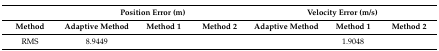
<table><thead><tr><td>[EMPTY_CELL]</td><td colspan="3"><b>Position Error (m)</b></td><td colspan="3"><b>Velocity Error (m/s)</b></td></tr><tr><td><b>Method</b></td><td><b>Adaptive Method</b></td><td><b>Method 1</b></td><td><b>Method 2</b></td><td><b>Adaptive Method</b></td><td><b>Method 1</b></td><td><b>Method 2</b></td></tr></thead><tbody><tr><td>RMS</td><td>8.9449</td><td>[EMPTY_CELL]</td><td>[EMPTY_CELL]</td><td>[EMPTY_CELL]</td><td>1.9048</td><td>[EMPTY_CELL]</td></tr></tbody></table>